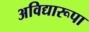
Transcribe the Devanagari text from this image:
अविद्यारूपा